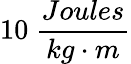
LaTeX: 10~\frac{Joules}{kg\cdot m}